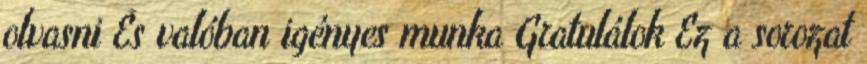
olvasni És valóban igényes munka Gratulálok Ez a sorozat